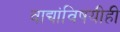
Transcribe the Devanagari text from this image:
वाद्यांविषयीही